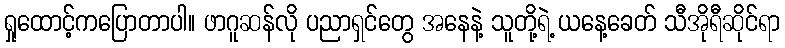
ရှုထောင့်ကပြောတာပါ။ ဖာဂူဆန်လို ပညာရှင်တွေ အနေနဲ့ သူတို့ရဲ့ ယနေ့ခေတ် သီအိုရီဆိုင်ရာ